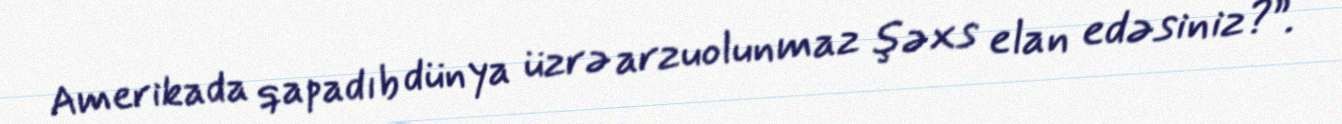
Amerikada qapadıb dünya üzrə arzuolunmaz şəxs elan edəsiniz?”.